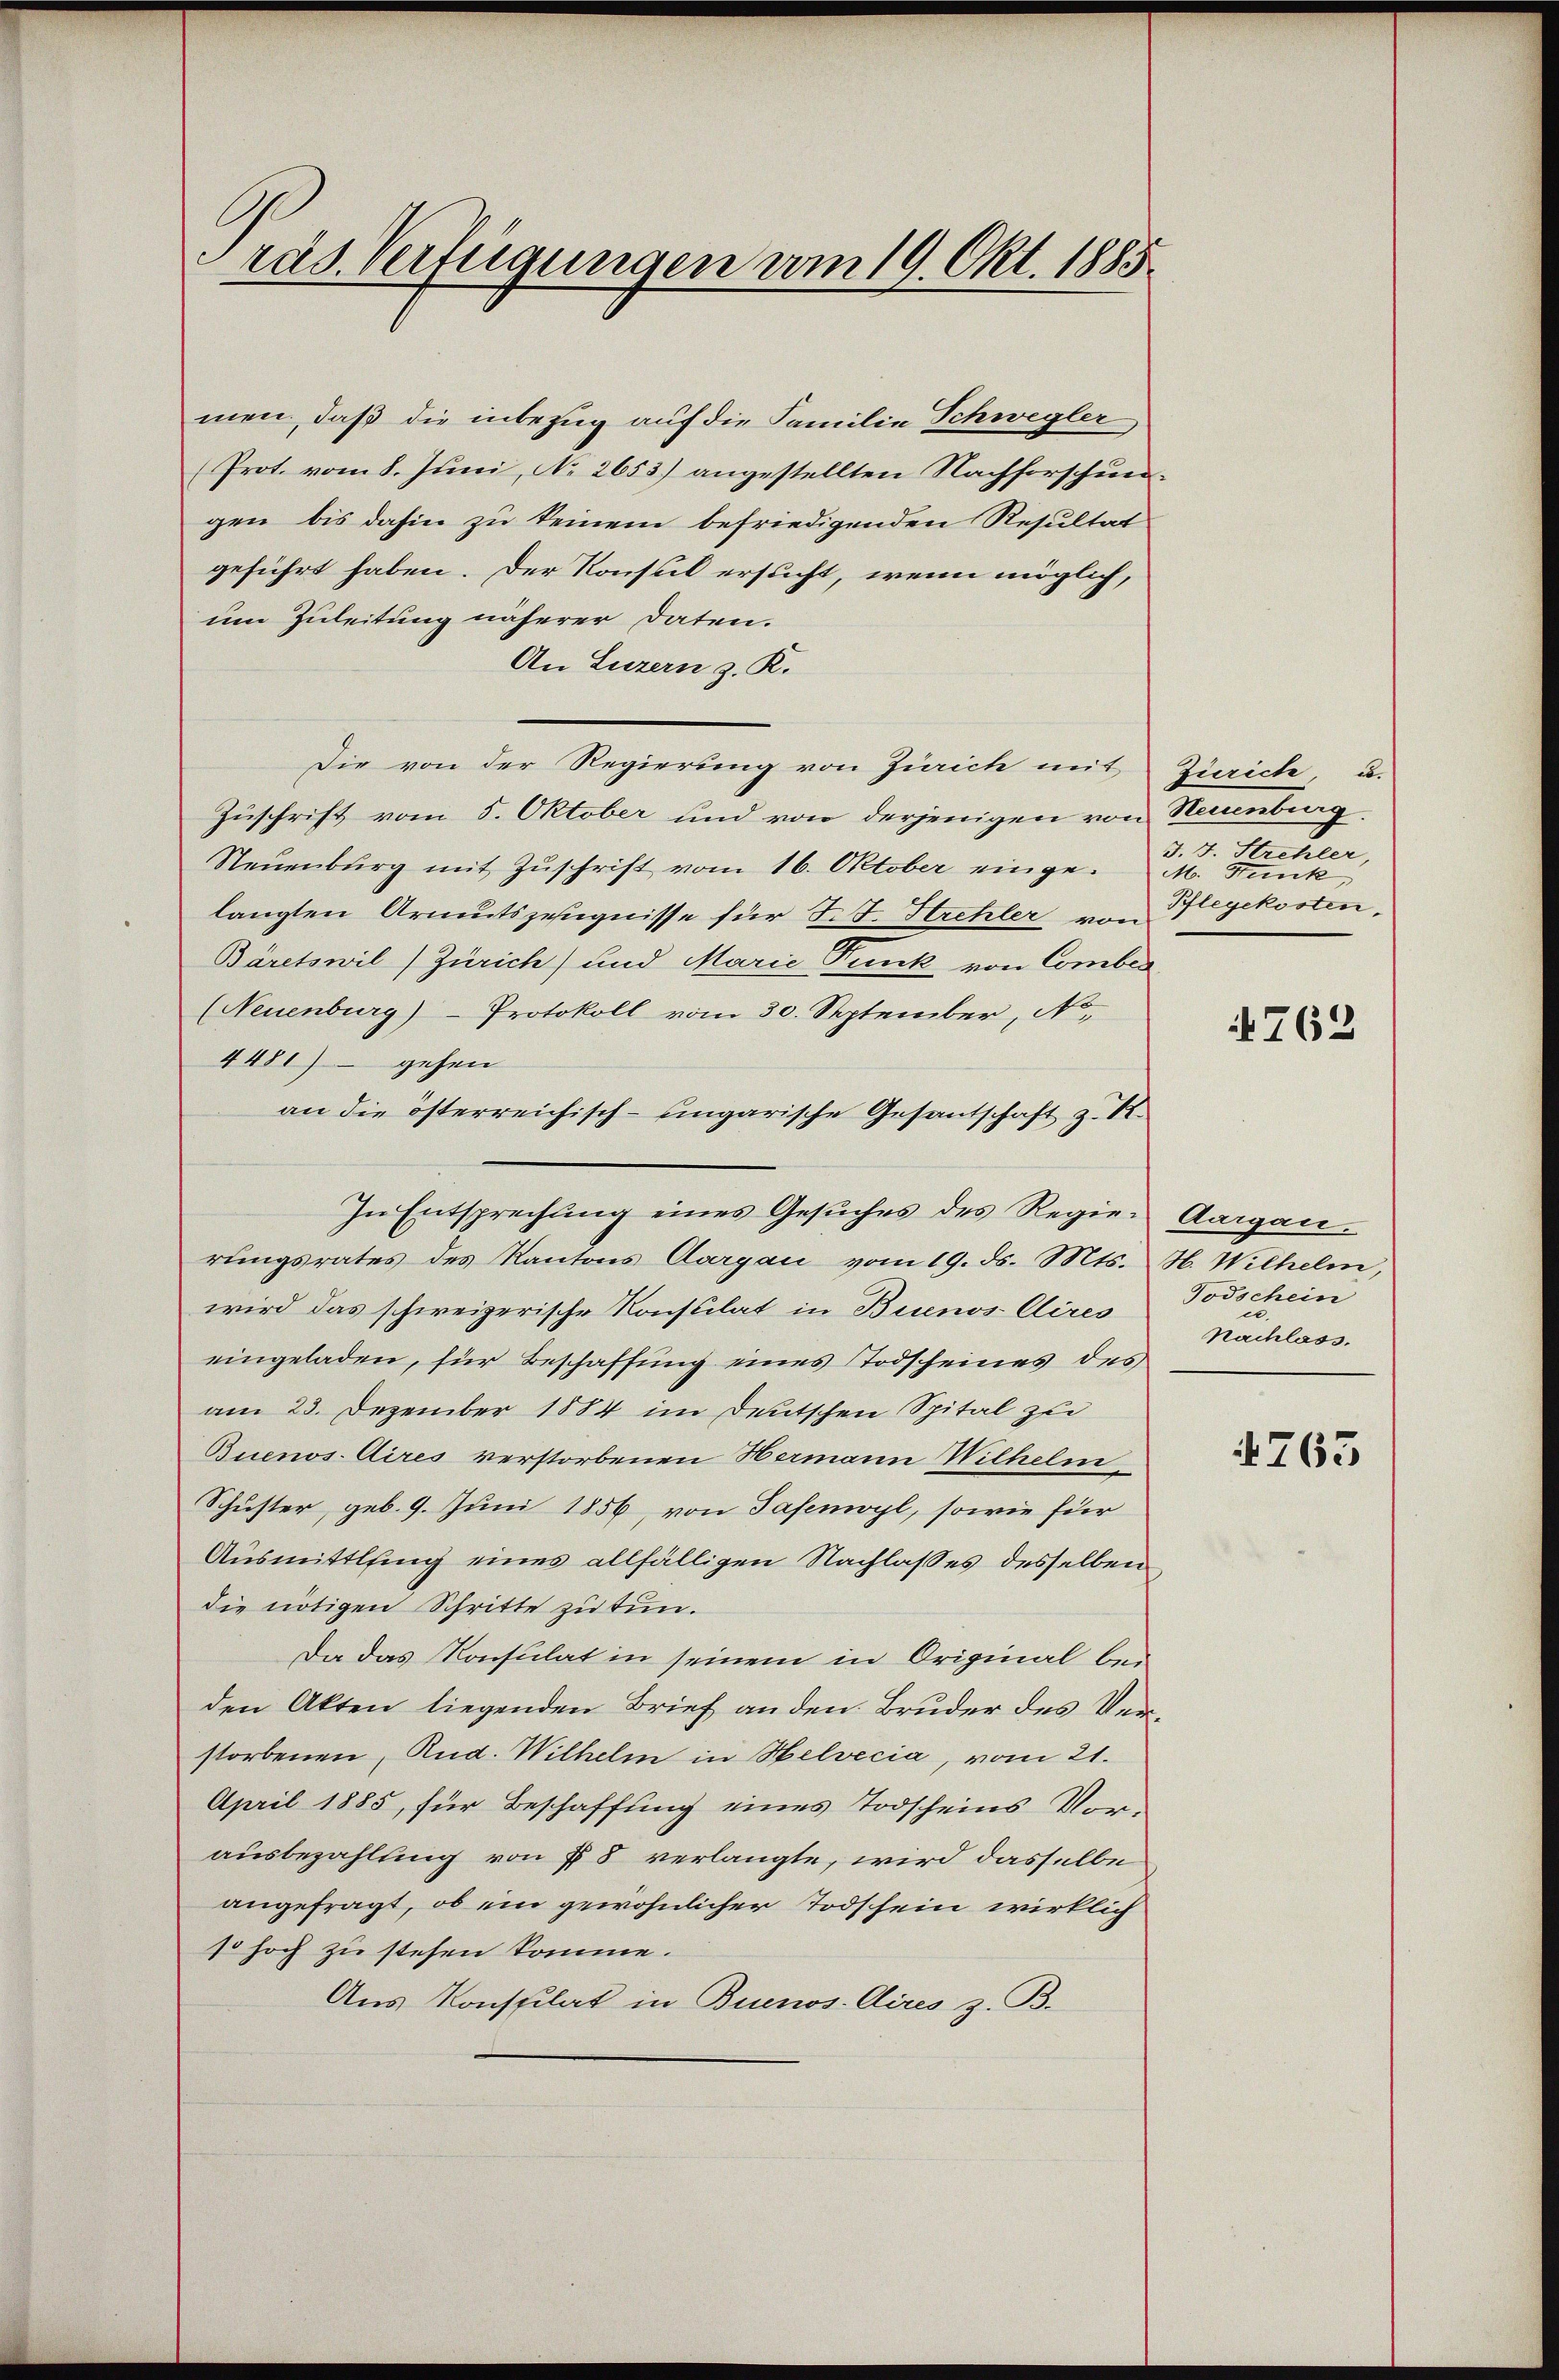
Präs. Verfügungen am 19. Okt. 1885

men, daß die inbezug auf die Familie Schwegler
Prot. vom 8. Juni, No 2653) angestellten Nachforschungen bis dahin zu keinem befriedigenden Resultat
geführt haben. Der Konsul ersucht, wenn möglich,
um Zuleitung näherer Daten.
An Luzern z. R.
Die von der Regierung von Zürich mit Zürich, u.
Zuschrift vom 5. Oktober und von derjenigen von Neuenburg
Neŭenbŭrg mit Zŭschrift vom 16. Oktober einge M. Funk,
langten Armutszeugnisse für F. J. Strehler, von Wegekosten,
Bäretswil Zürich) und Marie Dunk von Comber
(Neuenburg)- Protokoll vom 30. September, No.
4481) – gehen
an die österreichisch-ungarische Gesantschaft z. R.
In Entsprechung eines Gesuches des Regier Aargau.
rungsrates des Kantons Aargau vom 19. ds. Mts. H. Wilhelm,
wird das schweizerische Konsulat in Buenos Aires
eingeladen, für Beschaffung eines Todscheines des
am 23. Dezember 1884 im Deutschen Spital zu
Buenos Aires verstorbenen Hermann Wilhelm,
Schuster, geb. 9. Juni 1856, von Safenwyl, sowie für
Ausmittlung eines allfälligen Nachlasses desselben
die nötigen Schritte zu tun.
Da das Konsulat in seinem in Original bei
den Akten liegenden Brief an den Bruder des Verstorbenen, Rud. Wilhelm in Helvecia, vom 21.
April 1885, für Beschaffung eines Todscheins Vor-
ausbezahlting von § 8 verlangte, wird dasselbe
angefragt, ob ein gewöhnlicher Todschein wirklich
10 hoch zu stehen komme.
Aus Konsplat in Buenos Aires z. B.

J. J. Strehler,

762

Todschein
Nachlass.

763